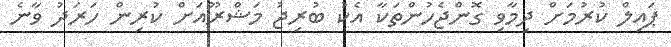
ޕައިލް ކުރުމަށް ދިމާވި ގޮންޖެހުންތަކާ އެކު ބުރިޖު މަޝްރޫއަށް ކުރިން ހަރަދު ވާނެ